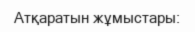
Атқаратын жұмыстары: